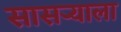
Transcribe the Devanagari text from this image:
सासर्‍याला